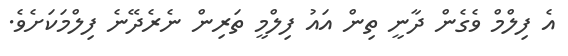
އެ ފިލްމް ވެގެން ދާނީ ތިން އައު ފިލްމީ ތަރިން ނެރެދޭނެ ފިލްމަކަށެވެ.